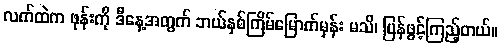
လက်ထဲက ဖုန်းကို ဒီနေ့အတွက် ဘယ်နှစ်ကြိမ်မြောက်မှန်း မသိ၊ ပြန်ဖွင့်ကြည့်တယ်။